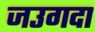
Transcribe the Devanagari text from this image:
जउगदा